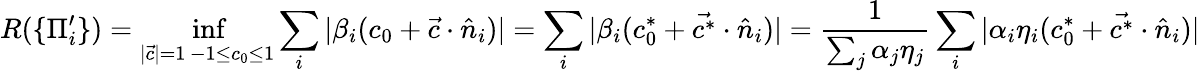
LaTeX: R(\{ \Pi_{i}^{\prime}\} )=\operatorname*{inf}_{\substack{|\vec{c}|=1\, -1\le c_{0}\le 1}}\sum_{i}|\beta_{i}(c_{0}+\vec{c}\cdot\hat{n}_{i})|=\sum_{i}|\beta_{i}(c_{0}^{*}+\vec{c^{*}}\cdot\hat{n}_{i})|=\frac{1}{\sum_{j}\alpha_{j}\eta_{j}}\sum_{i}|\alpha_{i}\eta_{i}(c_{0}^{*}+\vec{c^{*}}\cdot\hat{n}_{i})|